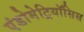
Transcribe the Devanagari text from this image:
एंडोमेट्रियॉसिस